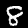
Label: 8